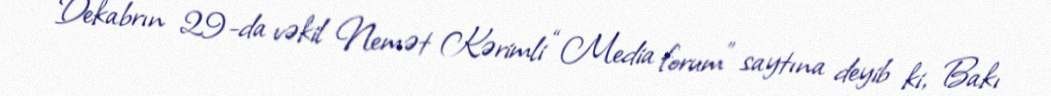
Dekabrın 29-da vəkil Nemət Kərimli “Media forum” saytına deyib ki, Bakı